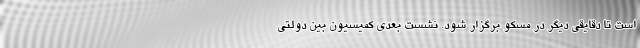
است تا دقایقی دیگر در مسکو برگزار شود. نشست بعدی کمیسیون بین دولتی